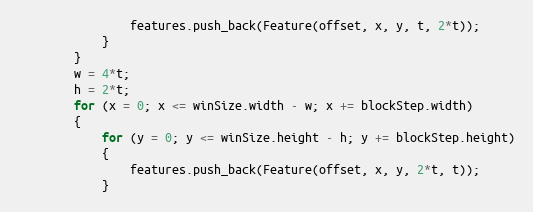
Language: C++
                features.push_back(Feature(offset, x, y, t, 2*t));
            }
        }
        w = 4*t;
        h = 2*t;
        for (x = 0; x <= winSize.width - w; x += blockStep.width)
        {
            for (y = 0; y <= winSize.height - h; y += blockStep.height)
            {
                features.push_back(Feature(offset, x, y, 2*t, t));
            }